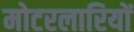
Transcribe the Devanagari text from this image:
मोटरलारियों